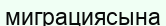
миграциясына